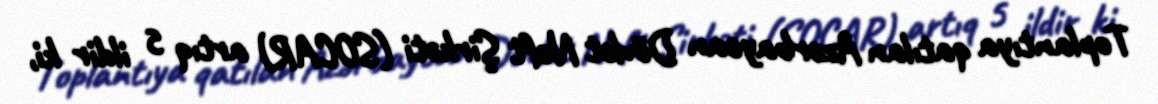
Toplantıya qatılan Azərbaycan Dövlət Neft Şirkəti (SOCAR) artıq 5 ildir ki,